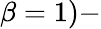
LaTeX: \beta=1)-